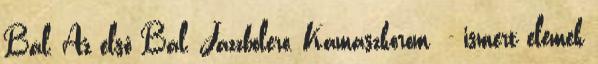
Bál, Az első Bál, Jazzbolero, Kamaszkorom - ismert elemek